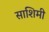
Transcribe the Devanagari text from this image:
साशिमी